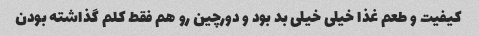
کیفیت و طعم غذا خیلی خیلی بد بود و دورچین رو هم فقط کلم گذاشته بودن